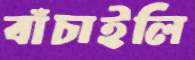
বাঁচাইলি